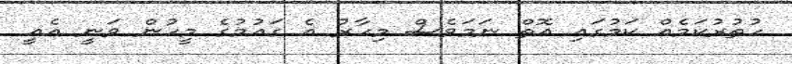
ހުތުރުކަމެއް ކަމުގައި އޮތް ނަމަވެސް މިހާރު އެ ގައުމުގެ މީހުން ވަނީ އެއީ